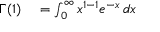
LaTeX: \begin{array} { r l } { \Gamma ( 1 ) } & { { } = \int _ { 0 } ^ { \infty } x ^ { 1 - 1 } e ^ { - x } \, d x } \end{array}